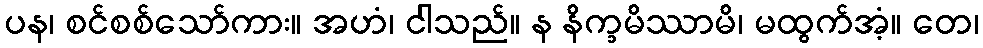
ပန၊ စင်စစ်သော်ကား။ အဟံ၊ ငါသည်။ န နိက္ခမိဿာမိ၊ မထွက်အံ့။ တေ၊